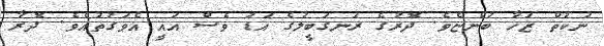
ނުކުތް ޒަހާ ބުންޏެވެ. ދޮރުގެ ރަނގަބީލުގެ އަޑު ވެސް އައީ އެވަގުތުއެވެ. ދޮރާ